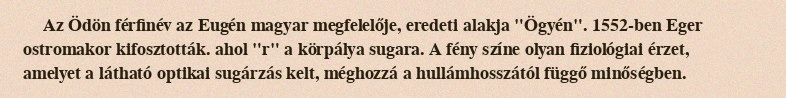
Az Ödön férfinév az Eugén magyar megfelelője, eredeti alakja "Ögyén". 1552-ben Eger ostromakor kifosztották. ahol "r" a körpálya sugara. A fény színe olyan fiziológiai érzet, amelyet a látható optikai sugárzás kelt, méghozzá a hullámhosszától függő minőségben.